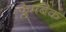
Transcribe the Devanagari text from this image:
फ्लैमबैक